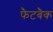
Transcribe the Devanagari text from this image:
फैटबैक